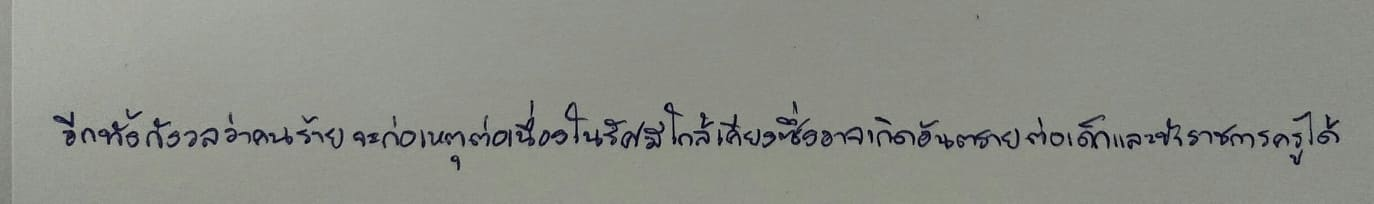
อีกทั้งกังวลว่าคนร้ายจะก่อเหตุต่อเนื่องในรัศมีใกล้เคียงซึ่งอาจเกิดอันตรายต่อเด็กและข้าราชการครูได้